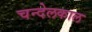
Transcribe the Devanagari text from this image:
चन्देलकाल